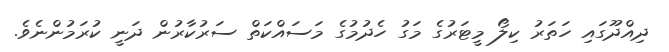
ދިއްދޫގައި ހަތަރު ކިލޯ މީޓަރުގެ މަގު ހެދުމުގެ މަސައްކަތް ސަރުކާރުން ދަނީ ކުރަމުންނެވެ.